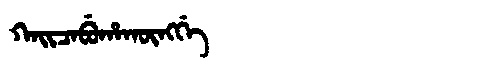
Manchu: ᡴᠠᡳᠴᠠᠪᡠᡥᠠᡴᡡᠩᡤᡝ
Romanization: KAICABUHAKŪNGGE